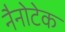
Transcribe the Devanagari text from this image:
नैनोटेक